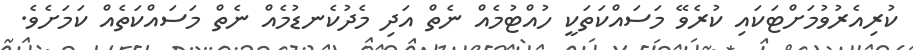
ކުުރިއެރުވުމަށްޓަކައި ކުރެވޭ މަސައްކަތަކީ ހުއްޓުމެއް ނެތް އަދި މެދުކެނޑުމެއް ނެތް މަސައްކަތެއް ކަމަށެވެ.